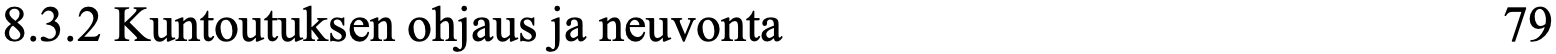
8.3.2 Kuntoutuksen ohjaus ja neuvonta             79